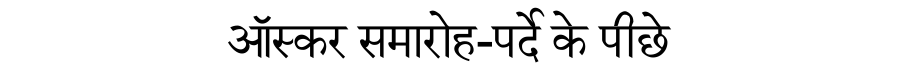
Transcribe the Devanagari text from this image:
ऑस्कर समारोह-पर्दे के पीछे